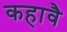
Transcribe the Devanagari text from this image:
कहावै